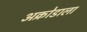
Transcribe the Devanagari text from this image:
अक्रोडाला